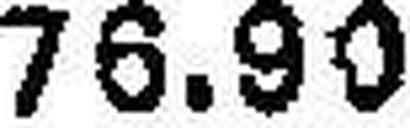
76.90